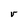
Character: V